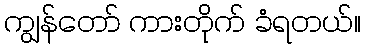
ကျွန်တော် ကားတိုက် ခံရတယ်။